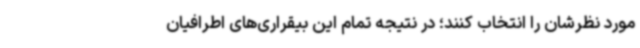
مورد نظرشان را انتخاب کنند؛ در نتیجه تمام این بیقراری‌های اطرافیان